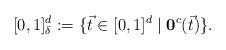
LaTeX: \begin{align*}\lbrack0,1]_{\delta}^{d}:=\{\vec{t}\in\lbrack0,1]^{d}\mid\mathbf{0}^{c}(\vec{t})\}. \end{align*}